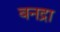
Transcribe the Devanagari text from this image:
बनद्रा